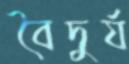
বৈদুর্য